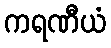
ကရဏီယံ